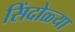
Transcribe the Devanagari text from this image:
सिंदोळ्या